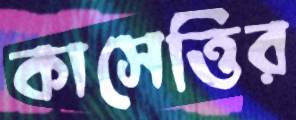
কাসেত্তির